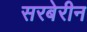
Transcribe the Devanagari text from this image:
सरबेरीन